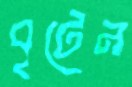
বৃটেন